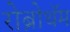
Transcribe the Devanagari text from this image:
रोब्रोथॅम